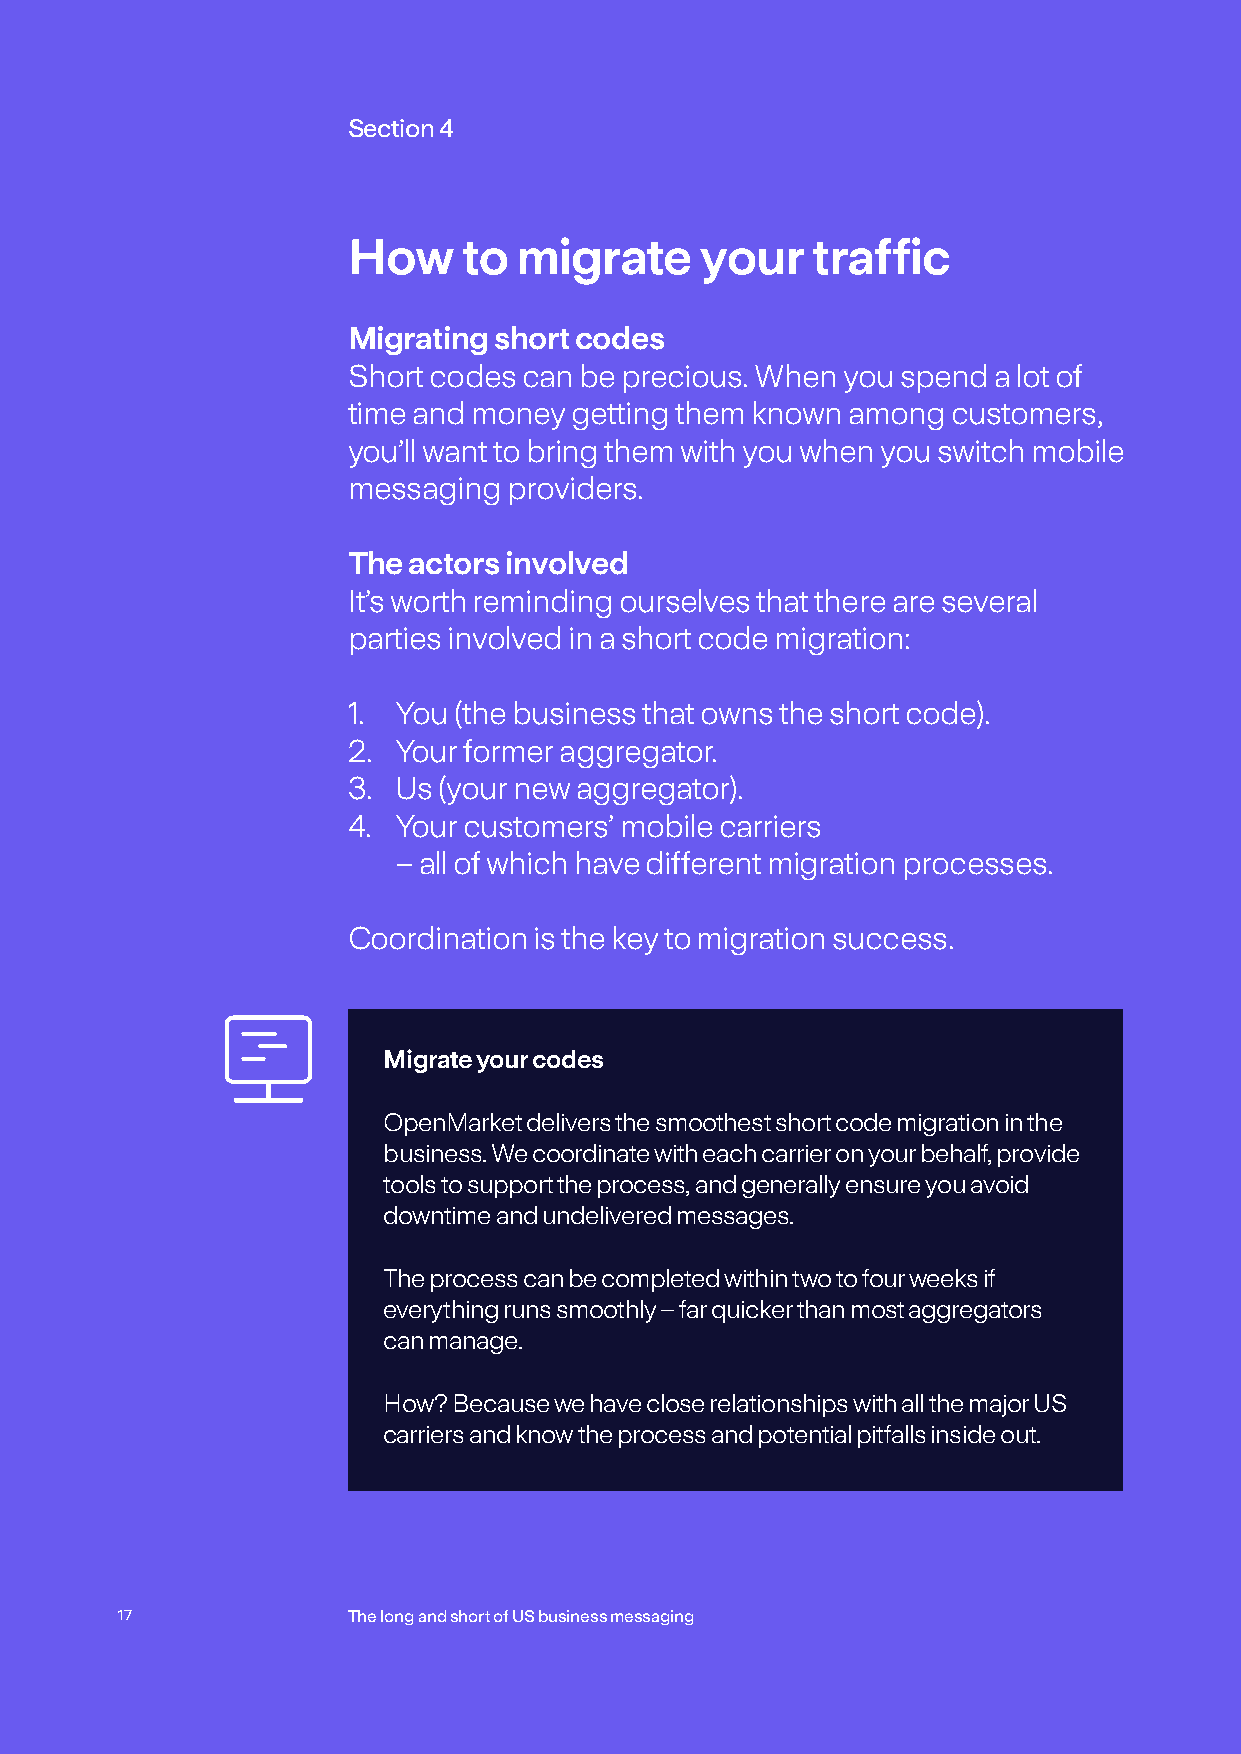
Section 4
 How     to migrate     your    traffic
 Migrating short codes
 Short codes can be precious. When you spend a lot of
 time and money getting them known among customers,
 you’ll want to bring them with you when you switch mobile
 messaging  providers.
 The actors involved
 It’s worth reminding ourselves that there are several
 parties involved in a short code migration:
 1. You (the business that owns the short code).
 2. Your former aggregator.
 3. Us (your new aggregator).
 4. Y our customers’ mobile carriers
 – all of which have different migration processes.
 Coordination is the key to migration success.
 Migrate your codes
 OpenMarket delivers the smoothest short code migration in the
 business. We coordinate with each carrier on your behalf, provide
 tools to support the process, and generally ensure you avoid
 downtime and undelivered messages.
 The process can be completed within two to four weeks if
 everything runs smoothly – far quicker than most aggregators
 can manage.
 How? Because we have close relationships with all the major US
 carriers and know the process and potential pitfalls inside out.
 17             The long and short of US business messaging